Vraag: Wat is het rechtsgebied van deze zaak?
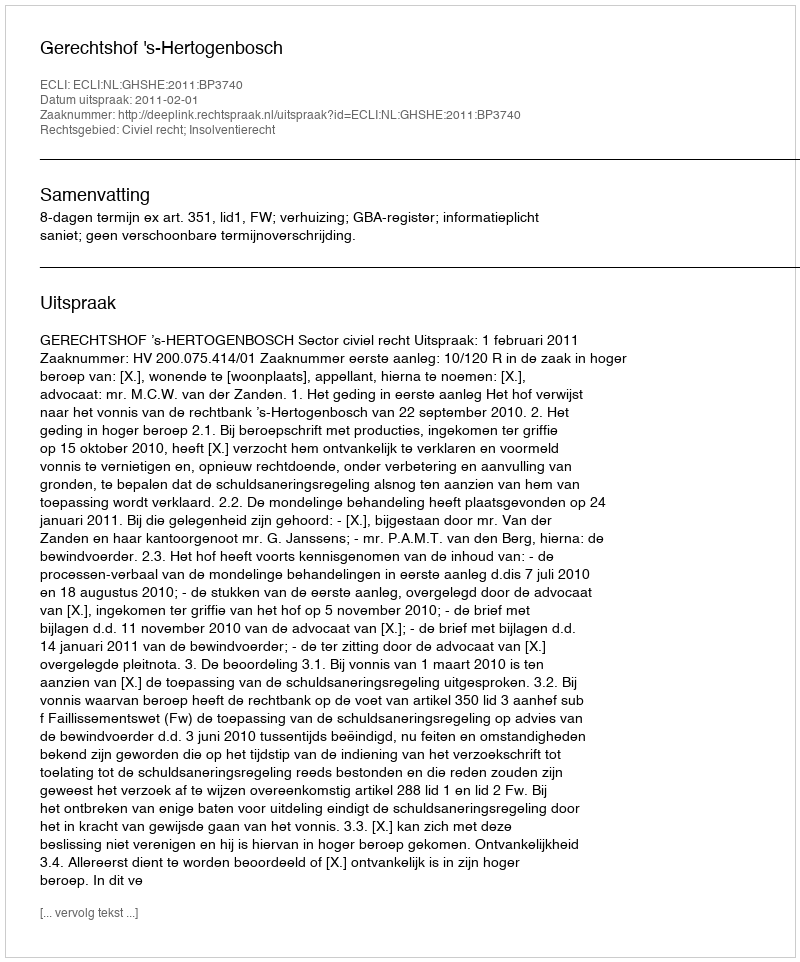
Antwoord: Civiel recht; Insolventierecht